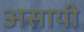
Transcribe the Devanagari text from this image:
असायी